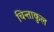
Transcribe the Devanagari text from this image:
चिन्ताकुल